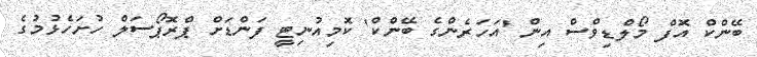
ބޭންކް އޮފް މޯލްޑިވްސް އިން 'އަހަރެންގެ ބޭންކް' ކޮމިއުނިޓީ ފަންޑަށް ޕްރޮޕޯސަލް ހުށަހެޅުމުގެ